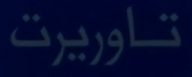
تاوریرت